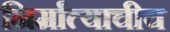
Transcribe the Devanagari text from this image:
निर्मात्याचीच